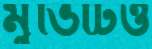
মুভিটিও